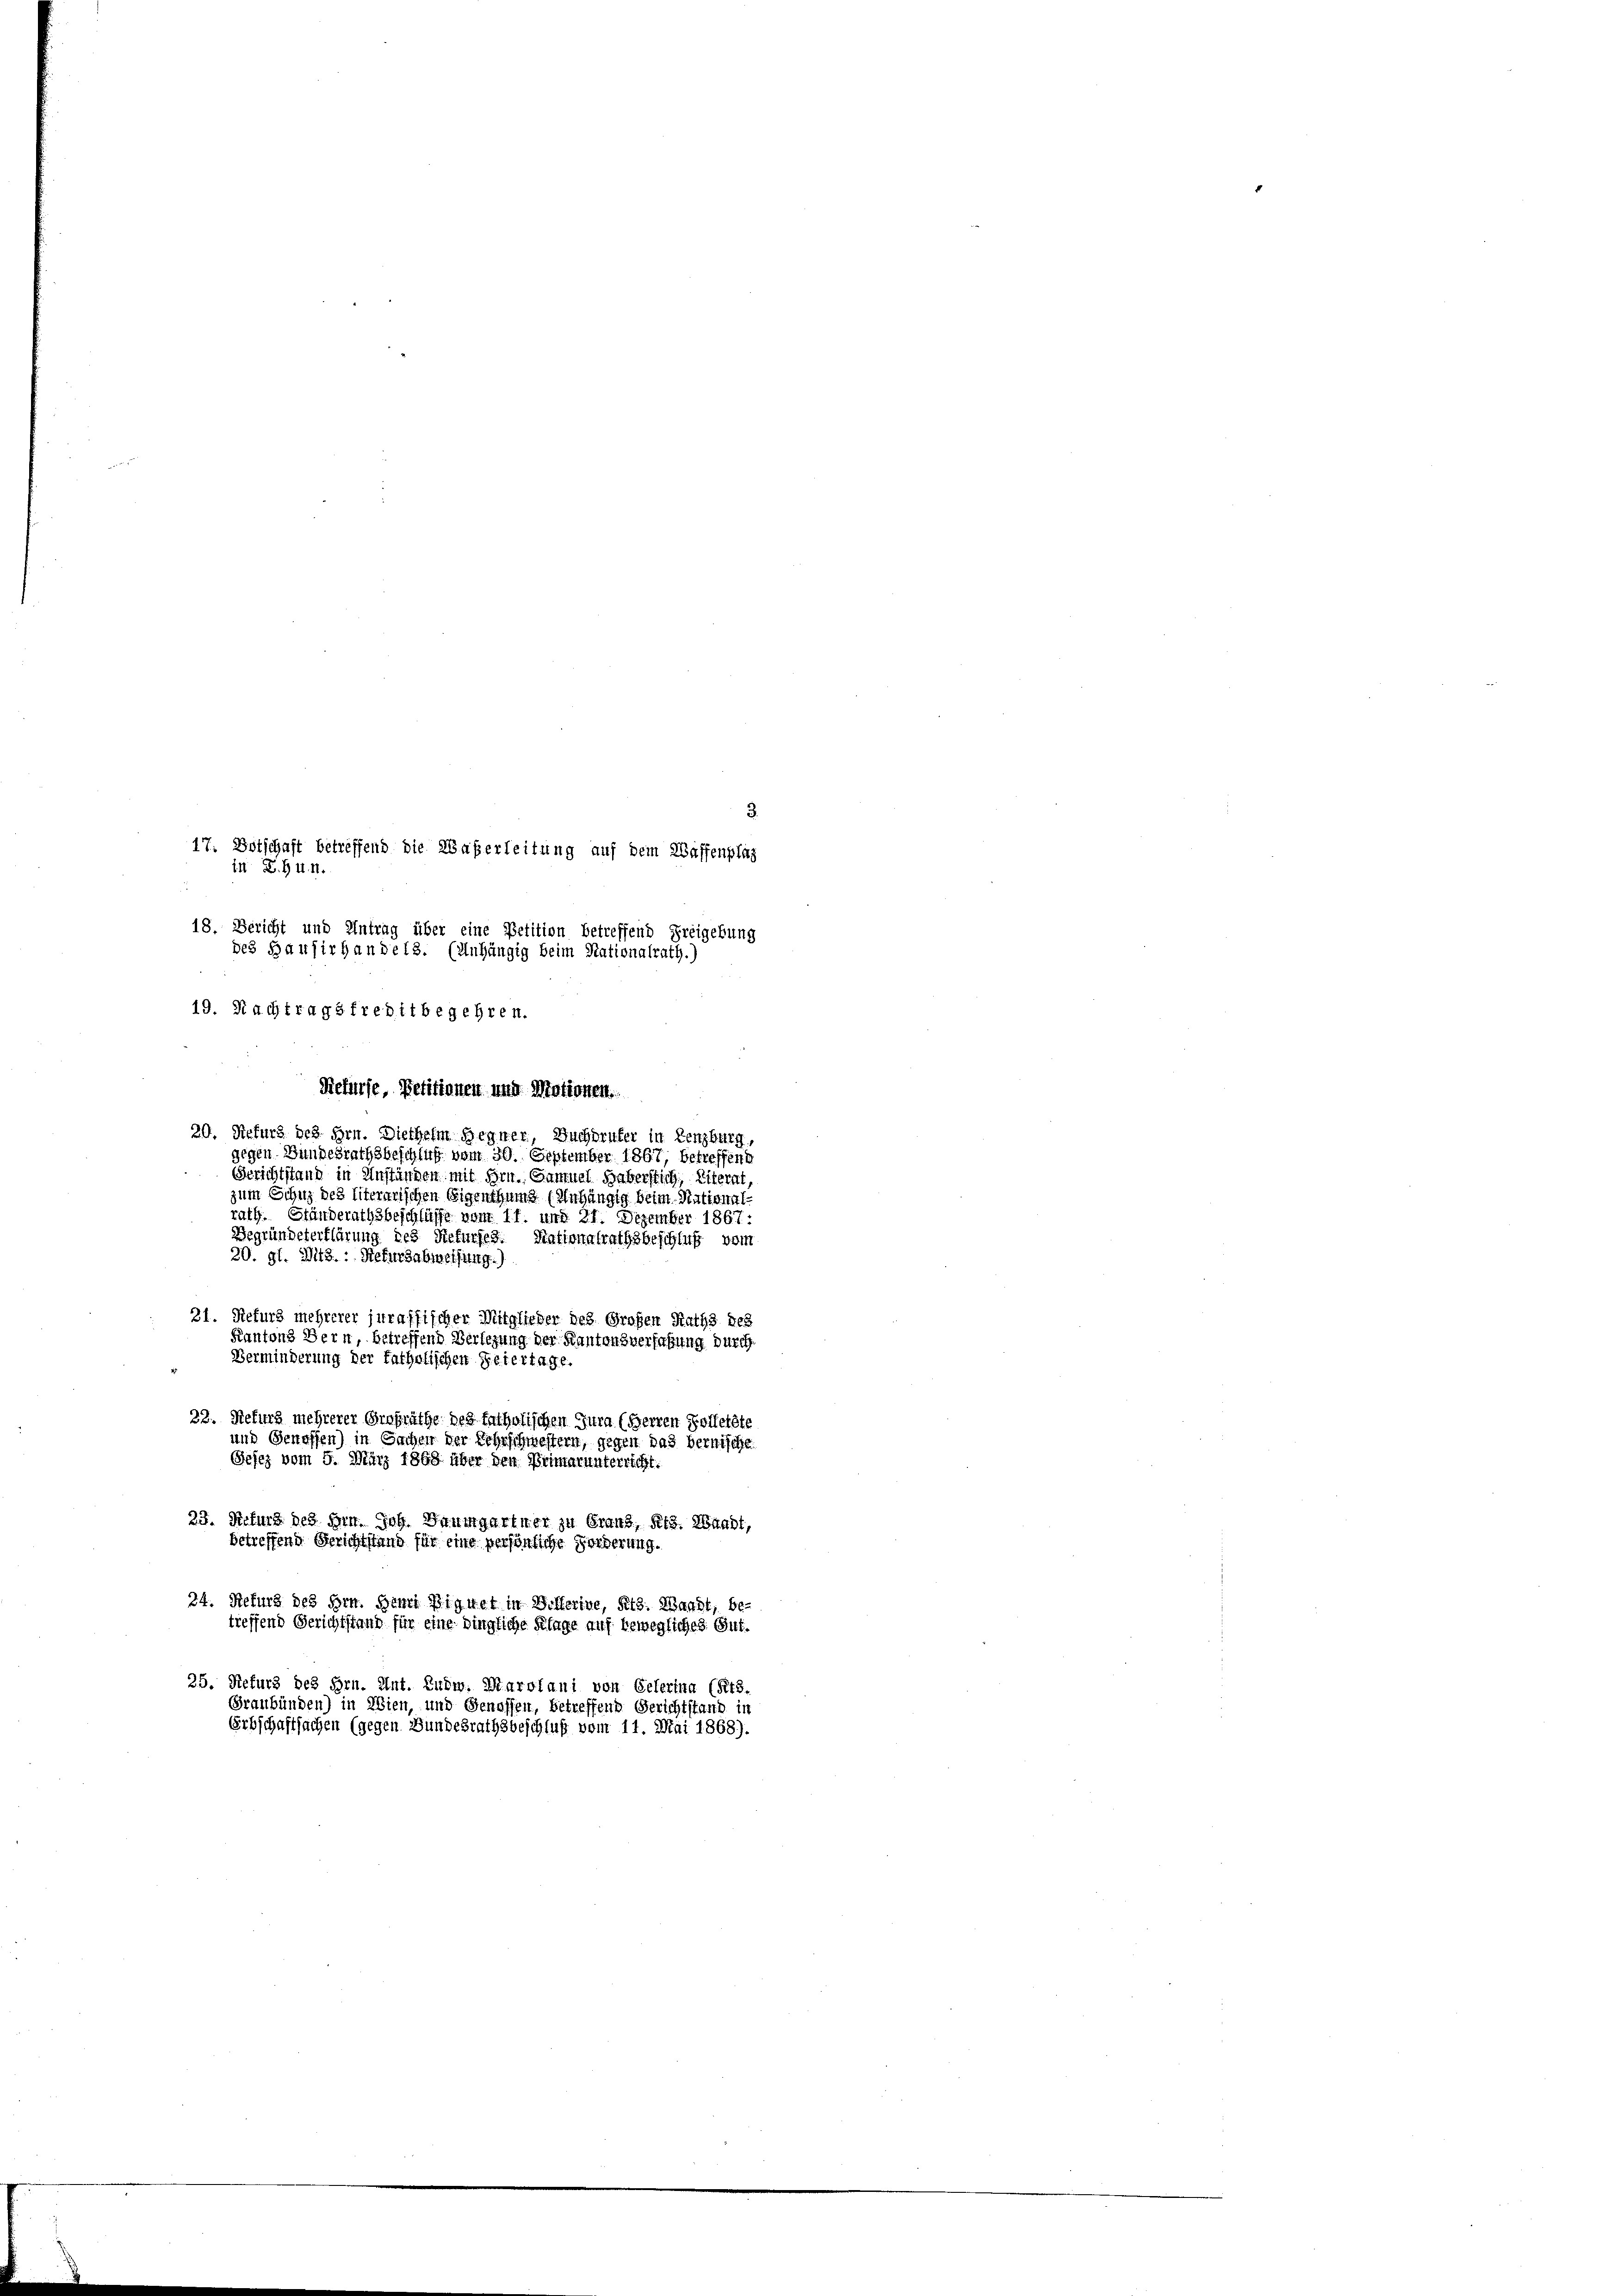
Refürse, Petitionen und Motionen.
20. Hefurs des Hrn. Diethelm Hegner, Buchdruker in Lenzburg,
gegen Bundesrathsbeschluß vom 30. September 1867, betreffend
Gerichtstand in Anständen mit Hrn. Gamuel Haberstich, Literat,
zum Schuz des litererischen Eigenthums (Anhängig beim National-
rath. Ständerathsbeschlüsse vom 11. und 21. Dezember 1867:
Begründeterklärung des Refurfes. Nationalrathsbeschluß vom
20. gl. Mts.: Refursabweisung.)
21. Refurs mehrerer juraffischer Mitglieder des Großen Raths des
Kantons Bern, betreffend Verlegung der Kantonsverfahrung durch
Verminderung der katholischen Feiertage.
23. Rekurs mehrerer Großräthe des Entholischen Jura (Herren Kofferete
und Genossen) in Sachen der Lehrschwestern, gegen das bernische
Sefez vom 5. März 1868 über den Primarunterricht.
23. Naturz des Hrn. Joh. Baumgartner zu Franz, Kts. Waadt,
betreffend Berichtstand für eine persönliche Forderung.
24. Refurg des Hrn. Henri Bignet in Billerive, Kts. Waadt, be-
treffend Gerichtstand für eine dingliche Klage auf bewegliches Gut¬
25. Refurs des Hrn. Ant. Ludw. Marofani von Oelerina (Rts.
Graubünden) in Wien, und Genossen, betreffend Gerichtstand in

17: Botschaft betreffend die Waßerleitung auf dem Waffenplaz
in Hun.
i
18. Bericht und Antrag über eine Petition betreffend Freigebung
des Hausirhandels. (Anhängig beim Nationalrath.)

19. Nachtragsfreditbegehren.

.

Erbschaftsachen (gegen Bundesrathsbeschluß vom 11. Mai 1868).